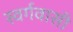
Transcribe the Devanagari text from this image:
स्‍वर्गवासी